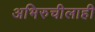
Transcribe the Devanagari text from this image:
अभिरुचीलाही